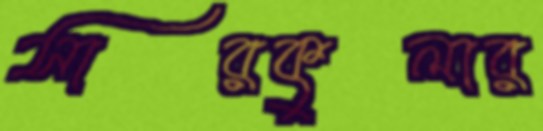
সারকুলার